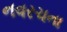
નવરચના